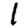
Digit: 1